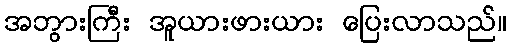
အဘွားကြီး အူယားဖားယား ပြေးလာသည်။